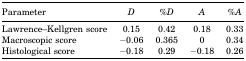
| Parameter | D | %D | A | %A |
 | --- | --- | --- | --- | --- |
 | Lawrence–Kellgren score | 0.15 | 0.42 | 0.18 | 0.33 |
 | Macroscopic score | −0.06 | 0.365 | 0 | 0.34 |
 | Histological score | −0.18 | 0.29 | −0.18 | 0.26 |